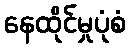
နေထိုင်မှုပုံစံ